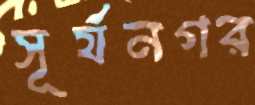
সূর্যনগর